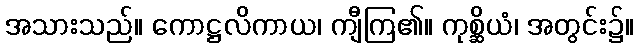
အသားသည်။ ကောဋ္ဌလိကာယ၊ ကျီကြ၏။ ကုစ္ဆိယံ၊ အတွင်း၌။